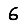
Digit: 6